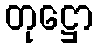
တုဋ္ဌော